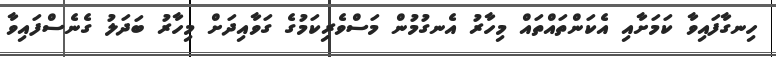
ހިނގާފައިވާ ކަމަށާއި އެކަންތައްތައް މިހާރު އެނގުމުން މަސްވެރިކަމުގެ ގަވާއިދަށް މިހާރު ބަދަލު ގެނެސްފައިވާ